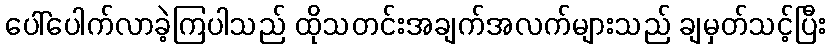
ပေါ်ပေါက်လာခဲ့ကြပါသည် ထိုသတင်းအချက်အလက်များသည် ချမှတ်သင့်ပြီး